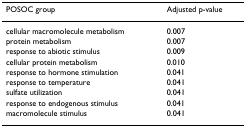
| POSOC group | Adjusted p-value |
 | --- | --- |
 | cellular macromolecule metabolism | 0.007 |
 | protein metabolism | 0.007 |
 | response to abiotic stimulus | 0.009 |
 | cellular protein metabolism | 0.010 |
 | response to hormone stimulation | 0.041 |
 | response to temperature | 0.041 |
 | sulfate utilization | 0.041 |
 | response to endogenous stimulus | 0.041 |
 | macromolecule stimulus | 0.041 |